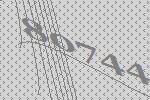
80744